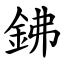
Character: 鉘